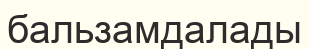
бальзамдалады